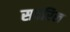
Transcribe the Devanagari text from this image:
सदरिल